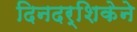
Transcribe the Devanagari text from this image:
दिनदर्शिकेने